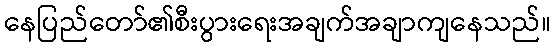
နေပြည်တော်၏စီးပွားရေးအချက်အချာကျနေသည်။